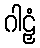
ဂါဠှံ